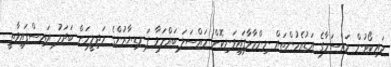
ހައިކޯޓުން މައްސަލާގެ އަޑުއެހުންތައް ނިންމާލާފައިވަނިކޮށް މައްސަލަ ބައްލަވާ ފަނޑިޔާރުންގެ މަޖިލީހަށް ބަދަލު އައިސްފައިވާތީ